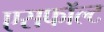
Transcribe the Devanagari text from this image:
एसफॉल्ट